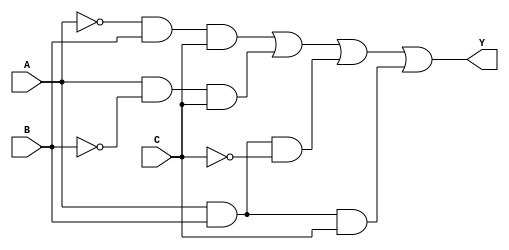
module combinational_logic_block (
    input wire A,  // Input variable A
    input wire B,  // Input variable B
    input wire C,  // Input variable C
    output wire Y  // Output of the Boolean function
);

// Internal signals for the minterms
wire m1, m2, m5, m6;

// Define the minterms based on the input combinations
assign m1 = (~A & B & C);  // Minterm 1: A'BC
assign m2 = (A & ~B & C);  // Minterm 2: AB'C
assign m5 = (A & B & ~C);  // Minterm 5: ABC'
assign m6 = (A & B & C);   // Minterm 6: ABC

// Combine the minterms to get the output Y
assign Y = m1 | m2 | m5 | m6;  // ORing the essential prime implicants

endmodule